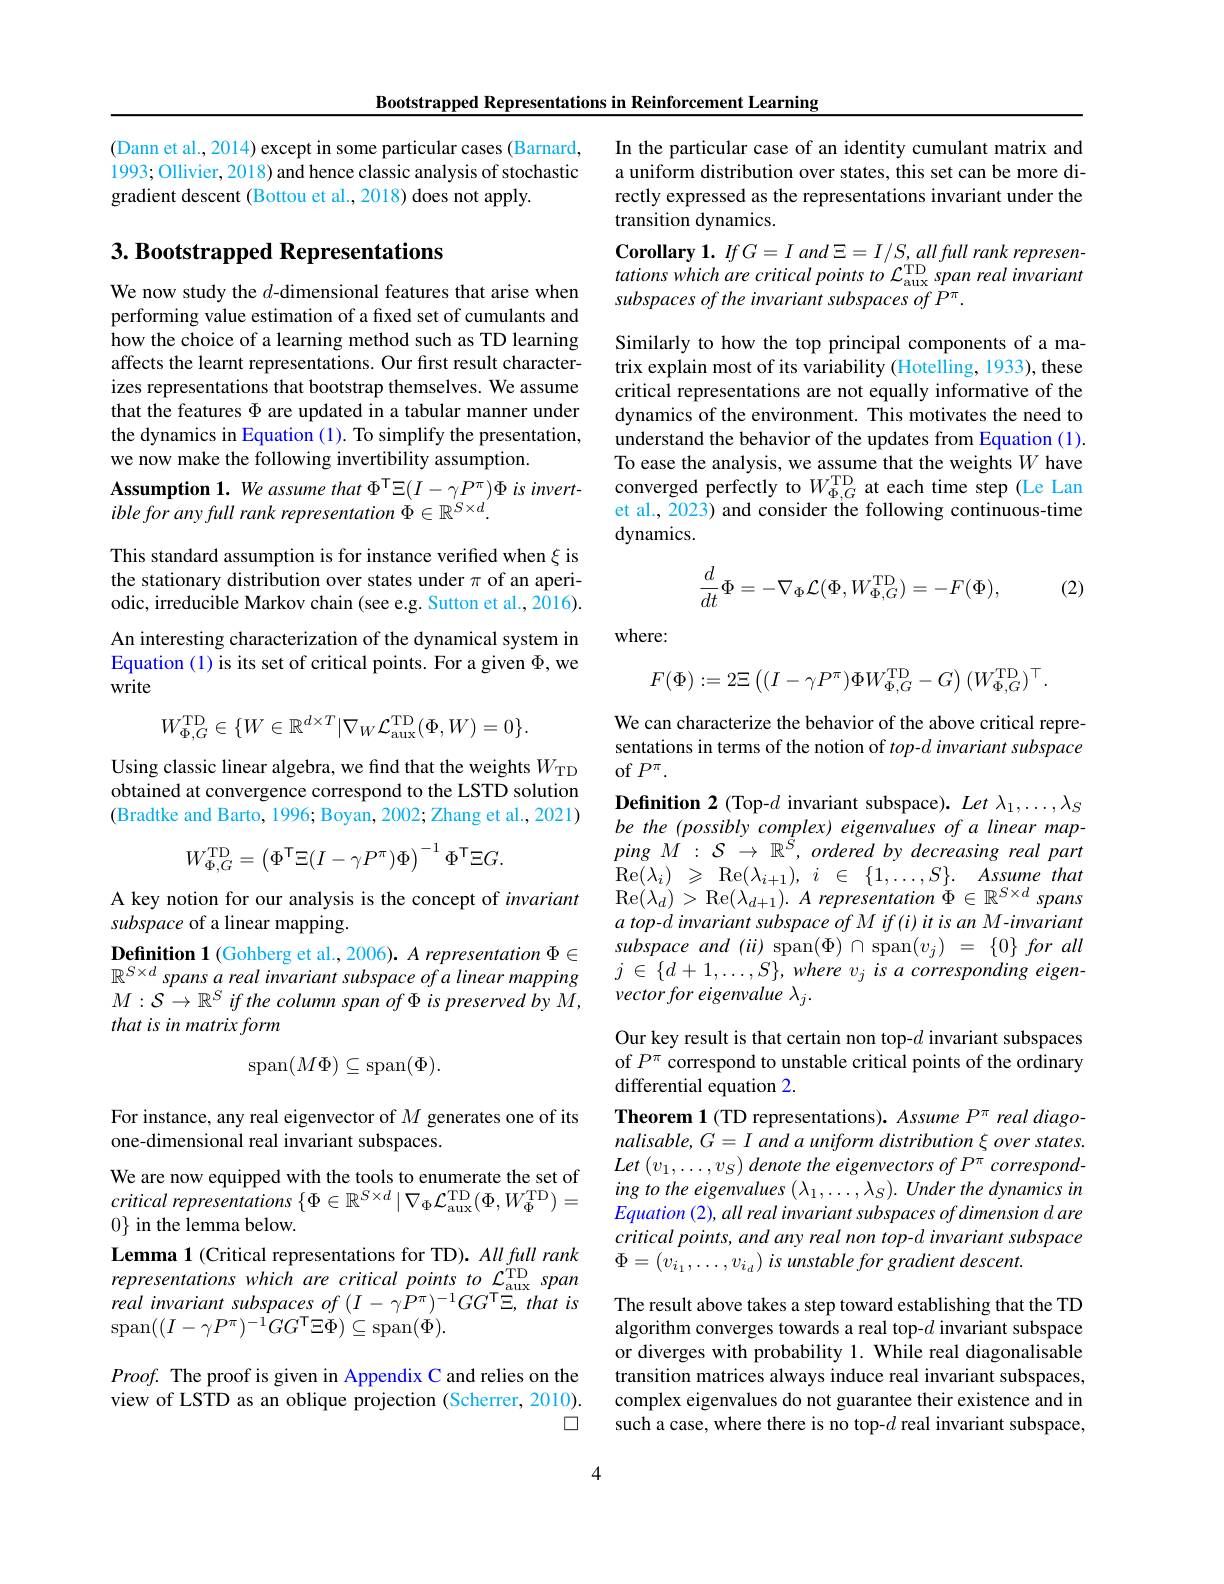
Bootstrapped Representations in Reinforcement Learning

(Dann et al., 2014) except in some particular cases (Barnard, 1993; Ollivier, 2018) and hence classic analysis of stochastic gradient descent (Bottou et al., 2018) does not apply.

## 3. Bootstrapped Representations

We now study the $d$-dimensional features that arise when performing value estimation of a fixed set of cumulants and how the choice of a learning method such as TD learning affects the learnt representations. Our first result characterizes representations that bootstrap themselves. We assume that the features $\Phi$ are updated in a tabular manner under the dynamics in Equation (1). To simplify the presentation, we now make the following invertibility assumption.
$\begin{array}{l}\textbf{Assumption 1. We assume that }^{\mathrm{T}}\Xi(I-\gamma P^{\pi})\Phi\:is\:invert-\\ible\:for\:any\:full\:rank\:representation\:\Phi\in\mathbb{R}^{S\times d}.\end{array}$ This standard assumption is for instance verified when $\xi$ is the stationary distribution over states under $\pi$ of an aperiodic, irreducible Markov chain (see e.g. Sutton et al., 2016). An interesting characterization of the dynamical system in Equation (1) is its set of critical points. For a given $\Phi$, we write
$$W_{\Phi,G}^{\mathrm{TD}}\in\{W\in\mathbb{R}^{d\times T}|\nabla_{W}\mathcal{L}_{\mathrm{aux}}^{\mathrm{TD}}(\Phi,W)=0\}.$$
Using classic linear algebra, we find that the weights $W_\mathrm{TD}$ obtained at convergence correspond to the LSTD solution (Bradtke and Barto, 1996; Boyan, 2002; Zhang et al., 2021)
$$W_{\Phi,G}^{\mathrm{TD}}=\left(\Phi^{\mathsf{T}}\Xi(I-\gamma P^{\pi})\Phi\right)^{-1}\Phi^{\mathsf{T}}\Xi G.$$
A key notion for our analysis is the concept of invariant
subspace of a linear mapping.
Definition 1 (Gohberg et al., 2006). A representation $\Phi\in$ $\mathbb{R}^{S\times d}$ spans a real invariant subspace of a linear mapping $M:\mathcal{S}\to\mathbb{R}^{S}$ if the column span of $\Phi$ is preserved by M, that is in matrix form
$$\mathrm{span}(M\Phi)\subseteq\mathrm{span}(\Phi).$$
For instance, any real eigenvector of $M$ generates one of its
one-dimensional real invariant subspaces.
We are now equipped with the tools to enumerate the set of $critical~representations~\{\Phi\in\mathbb{R}^{S\times d}\mid\nabla_{\Phi}\mathcal{L}_{\mathrm{aux}}^{\mathrm{TD}}(\Phi,W_{\Phi}^{\mathrm{TD}})=$ $0\}$ in the lemma below.
Lemma 1 (Critical representations for TD). All full rank representations which are critical points to $\mathcal{L}_\mathrm{aux}^\mathrm{TD}$ span real invariant subspaces of $(I-\gamma{\bar{P}}^{\pi})^{-1}GG^{\mathrm{T}}\Xi,thatis$ $\operatorname{span}((I-\gamma P^{\pi})^{-1}\dot{G}G^{\mathsf{T}}\Xi\dot{\Phi})\subseteq\operatorname{span}(\Phi).$
$Proof.$ The proof is given in Appendix C and relies on the

view of LSTD as an oblique projection (Scherrer, 2010).

口

In the particular case of an identity cumulant matrix and a uniform distribution over states, this set can be more directly expressed as the representations invariant under the transition dynamics.
Corollary 1. $IfG=I$ and $\Xi=I/S,allfull$ rank representations which are critical points to $\mathcal{L}_\mathrm{aux}^\mathrm{TD}$ span real invariant subspaces of the invariant subspaces of P
Similarly to how the top principal components of a matrix explain most of its variability (Hotelling, 1933), these critical representations are not equally informative of the dynamics of the environment. This motivates the need to understand the behavior of the updates from Equation (1). To ease the analysis, we assume that the weights $W$ have converged perfectly to $W_{\Phi,G}^\mathrm{TD}$ at each time step (Le Lan et al., 2023) and consider the following continuous-time dynamics.
$$\frac{d}{dt}\Phi=-\nabla_{\Phi}\mathcal{L}(\Phi,W_{\Phi,G}^{\mathrm{TD}})=-F(\Phi),$$
(2)

where:
$$F(\Phi):=2\Xi\left((I-\gamma P^{\pi})\Phi W_{\Phi,G}^{\mathrm{TD}}-G\right)(W_{\Phi,G}^{\mathrm{TD}})^{\top}.$$
We can characterize the behavior of the above critical representations in terms of the notion of $top-d$ invariant subspace of$P^\pi.$
Definition 2 (Top-$d$ invariant subspace). Let $\lambda_1,\ldots,\lambda_S$ be the (possibly complex) eigenvalues of a linear mapping $M$ : $\mathcal{S}$ $\to$ $\mathbb{R} ^{\dot{S} }$, ordered $by$ decreasing real part $\operatorname { Re} ( \lambda _{i})$ $\geqslant$ $\operatorname { Re} ( \lambda _{i+ 1}) $, $i$ $\in$ $\{ 1, \ldots , S\} .$ Assume that Re$(\lambda_{d})>$Re$( \lambda _{d+ 1}) . A\textit{representation }\Phi \in \mathbb{R} ^{S\times d}$ spans a top-d invariant subspace of M if (i) it is an M-invariant subspace and $( ii)$ span$( \Phi )$ $\cap$ span$( v_{j})$ = $\{ 0\}$ for all $j\in\{d+1,\ldots,S\},where~v_{j}~is~a~corresponding~eigen-$ vector for eigenvalue $\lambda_j.$

Our key result is that certain non top-$d$ invariant subspaces of $P^\pi$ correspond to unstable critical points of the ordinary## differential equation 2.

Theorem 1 (TD representations). Assume P$^{\pi}$ real diagonalisable, G= I and a uniform distribution $\xi$ over states. $Let\left(v_{1},\ldots,v_{S}\right)denote$ the eigenvectors of P$^{\pi}$ corresponding to the eigenvalues $( \lambda _1, \ldots , \lambda _S) . \textit{Under the dynamics in}$ $Equation( 2) , all\textit{real invariant subspaces of dimension d are}$ critical points, and any real non top-d invariant subspace $\Phi = \left ( v_{i_{1}}, \ldots , v_{i_{d}}\right ) isunstableforgradient$ $descent.$

The result above takes a step toward establishing that the TD algorithm converges towards a real top-$d$ invariant subspace or diverges with probability 1. While real diagonalisable transition matrices always induce real invariant subspaces, complex eigenvalues do not guarantee their existence and in such a case, where there is no top-$d$ real invariant subspace,

4